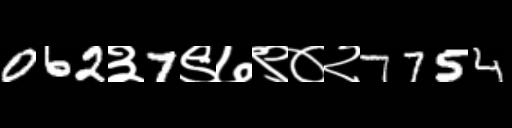
Text: 062३7९७९०२7754